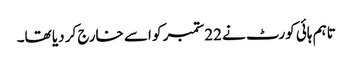
تاہم ہائی کورٹ نے 22ستمبر کو اسے خارج کر دیا تھا۔